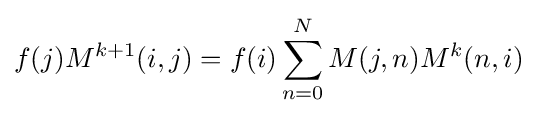
f(j)M^{k+1}(i,j)=f(i)\sum _{n=0}^{N}M(j,n)M^{k}(n,i)